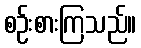
စဉ်းစားကြသည်။